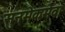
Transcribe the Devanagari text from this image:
सुनमेकमेव।